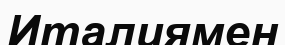
Италиямен